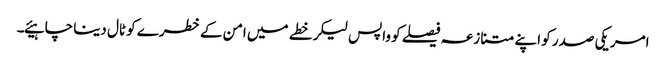
امریکی صدر کو اپنے متنازعہ فیصلے کو واپس لیکر خطے میں امن کے خطرے کو ٹال دینا چاہیئے۔